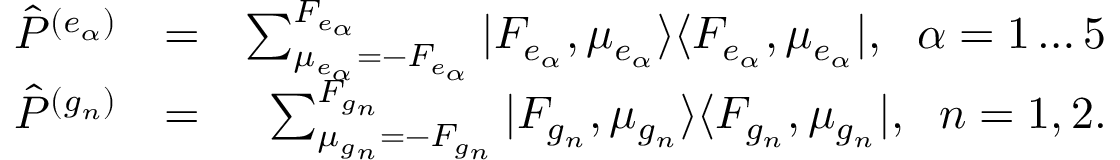
\begin{array} { r l r } { { \hat { P } } ^ { ( e _ { \alpha } ) } } & { = } & { \sum _ { \mu _ { e _ { \alpha } } = - F _ { e _ { \alpha } } } ^ { F _ { e _ { \alpha } } } | F _ { e _ { \alpha } } , \mu _ { e _ { \alpha } } \rangle \langle F _ { e _ { \alpha } } , \mu _ { e _ { \alpha } } | , \, \, \; \alpha = 1 \dots 5 } \\ { { \hat { P } } ^ { ( g _ { n } ) } } & { = } & { \sum _ { \mu _ { g _ { n } } = - F _ { g _ { n } } } ^ { F _ { g _ { n } } } | F _ { g _ { n } } , \mu _ { g _ { n } } \rangle \langle F _ { g _ { n } } , \mu _ { g _ { n } } | , \, \, \; n = 1 , 2 . } \end{array}